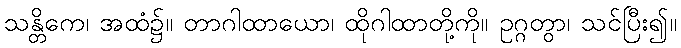
သန္တိကေ၊ အထံ၌။ တာဂါထာယော၊ ထိုဂါထာတို့ကို။ ဥဂ္ဂတွာ၊ သင်ပြီး၍။